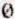
0